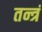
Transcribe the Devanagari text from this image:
तन्त्रं